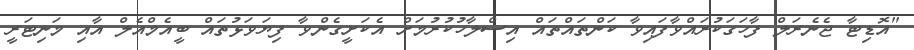
"އޮޑިޓާ ޖެނެރަލް ފާހަގަކުރައްވާފައިވާ ކަންތައްތައް އިސްލާހުކުރުމަށް އެކަށީގެންވާ ފިޔަވަޅުތައް ބީއެމްއެލް އާއި މަނިޓަރީ